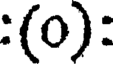
:(0):